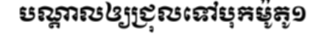
បណ្តាលឲ្យជ្រុលទៅបុកម៉ូតូ១